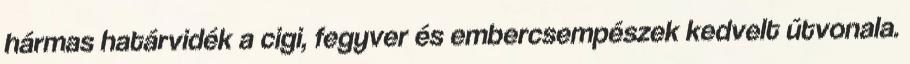
hármas határvidék a cigi, fegyver és embercsempészek kedvelt útvonala.